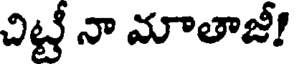
చిట్టీ నా మాతాజీ!